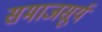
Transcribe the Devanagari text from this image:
समाजसूर्य